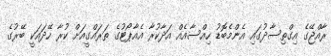
ރާއްޖޭގެ އިގްތިސާދުގައި އެންމެބޮޑު ހިއްސާއެއް އަދާކުރާ އެއާޕޯޓުގެ ތަރައްގީއަށް ކުރާ ހޭދައަކީ ބޭރުގެ